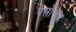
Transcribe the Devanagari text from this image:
पेर्सोन्हूद